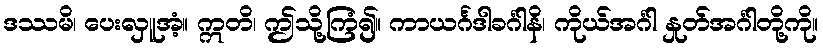
ဒဿမိ၊ ပေးလှူအံ့။ ဣတိ၊ ဤသို့ကြံ၍။ ကာယင်္ဂဒါခင်္ဂါနိ၊ ကိုယ်အင်္ဂါ နှုတ်အင်္ဂါတို့ကို။